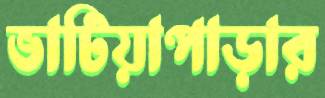
ভাটিয়াপাড়ার